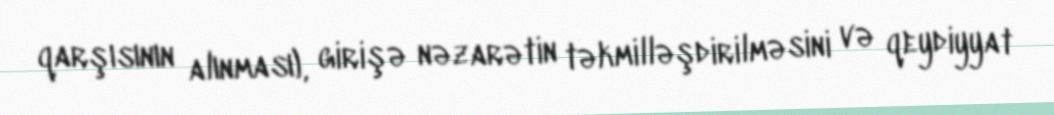
qarşısının alınması), girişə nəzarətin təkmilləşdirilməsini və qeydiyyat